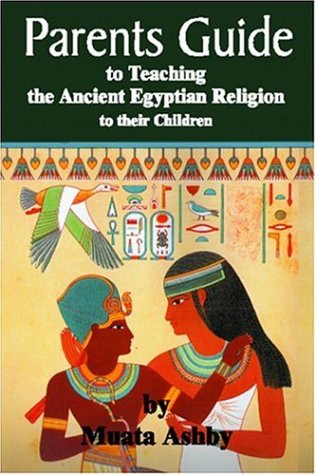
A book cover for parents guide to teaching the ancient egyptian religion to their children; Muata Ashby; Christian Books & Bibles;